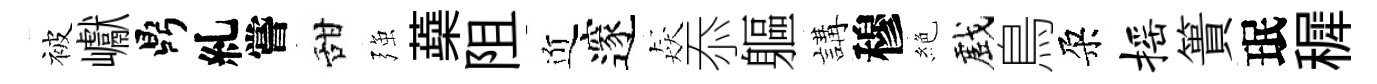
被巘鼎糺嘗甜强蘃阻近邃猋忝軀講穆絶戲鳥朶摇簣珉穉